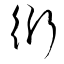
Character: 衍